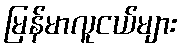
မြန်မာလူငယ်များ